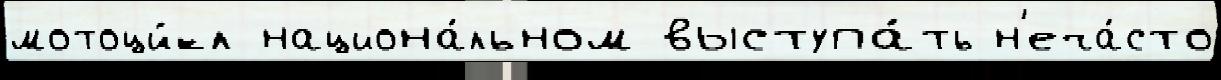
мотоци́кл национа́льном выступа́ть н'еча́сто